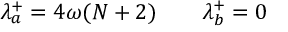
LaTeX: \lambda _ { a } ^ { + } = 4 \omega ( N + 2 ) \qquad \lambda _ { b } ^ { + } = 0